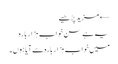
← مزید پڑھیے
یہ ہے سن خواب ہزار بارہ
میں خواب ہزار بارہ سے آیا ہوں۔